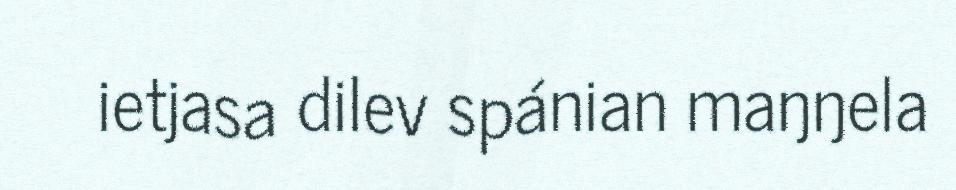
ietjasa dilev spánian maŋŋela